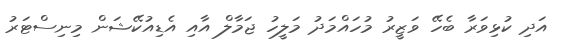
އަދި ކުޅިވަރާ ބެހޭ ވަޒީރު މުހައްމަދު މަލީހު ޖަމާލް އާއި އެޑިއުކޭޝަން މިނިސްޓަރު